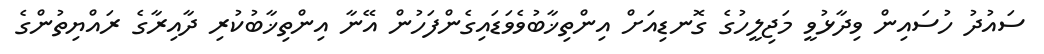
ސައުދު ހުސައިން ވިދާޅުވީ މަޖިލީހުގެ ގޮނޑިއަށް އިންތިޚާބުވެވަޑައިގެންފަހުން އޭނާ އިންތިޚާބުކުރި ދާއިރާގެ ރައްޔިތުންގެ